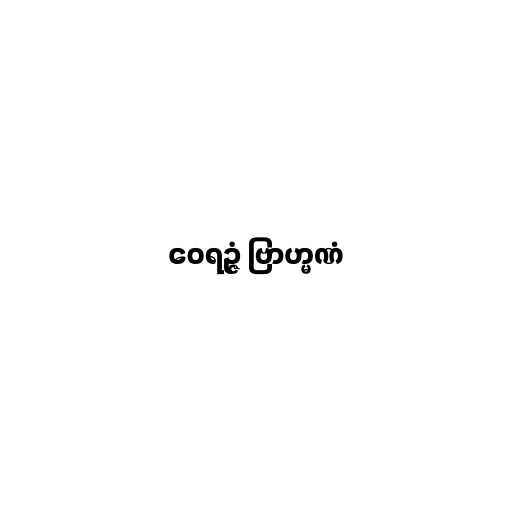
ဝေရဉ္ဇံ ဗြာဟ္မဏံ